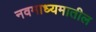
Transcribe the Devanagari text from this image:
नवमाध्यमातील